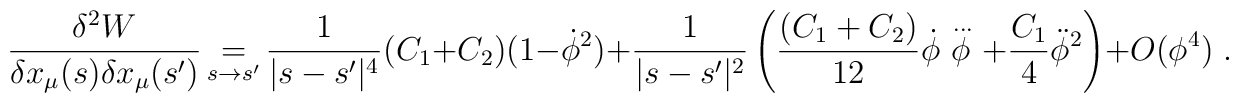
\frac{\delta ^{2}W}{\delta x_{\mu }(s)\delta x_{\mu }(s')}\mathop {=}_{s\to s'}\frac{1}{|s-s'|^{4}}(C_{1}+C_{2})(1-\dot{\phi }^{2})+\frac{1}{|s-s'|^{2}}\left( \frac{(C_{1}+C_{2})}{12}\dot{\phi }\stackrel{{\, ...}}{\phi }+\frac{C_{1}}{4}\ddot{\phi }^{2}\right) +O(\phi ^{4})\; .